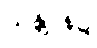
သန္တာန်၌